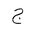
Letter: _gim